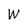
Character: W